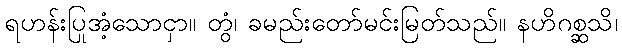
ရဟန်းပြုအံ့သောငှာ။ တွံ၊ ခမည်းတော်မင်းမြတ်သည်။ နဟိဂစ္ဆသိ၊